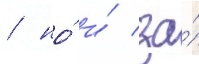
/ но́ и́ за́